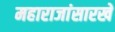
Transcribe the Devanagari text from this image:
महाराजांसारखे